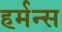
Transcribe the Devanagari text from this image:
हर्मन्स